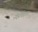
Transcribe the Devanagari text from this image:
नॅव्हीगेशन